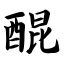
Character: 醌